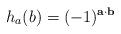
LaTeX: \begin{align*}h_a(b)& = (-1)^{ \mathbf{a} \cdot \mathbf{b} }\end{align*}